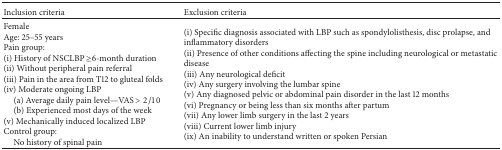
<table><thead><tr><td><b>Inclusion criteria</b></td><td><b>Exclusion criteria</b></td></tr></thead><tbody><tr><td>Female Age: 25–55 yearsPain group:(i) History of NSCLBP ≥6-month duration(ii) Without peripheral pain referral(iii) Pain in the area from T12 to gluteal folds(iv) Moderate ongoing LBP (a) Average daily pain level—VAS &gt; 2/10(b) Experienced most days of the week(v) Mechanically induced localized LBPControl group:No history of spinal pain</td><td>(i) Specific diagnosis associated with LBP such as spondylolisthesis, disc prolapse, and inflammatory disorders(ii) Presence of other conditions affecting the spine including neurological or metastatic disease(iii) Any neurological deficit (iv) Any surgery involving the lumbar spine(v) Any diagnosed pelvic or abdominal pain disorder in the last 12 months(vi) Pregnancy or being less than six months after partum(vii) Any lower limb surgery in the last 2 years(viii) Current lower limb injury(ix) An inability to understand written or spoken Persian</td></tr></tbody></table>